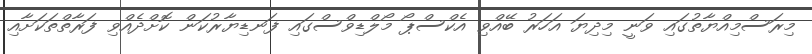
މިރަސްމިއްޔާތުގައި ވަނީ މިދިޔަ އަހަރު ބޭއްވި އެކްސްޕޯ މޯލްޑިވްސްގައި ފަނޑިޔާރުކަން ކޮށްދެއްވި ފަރާތްތަކަށާއި